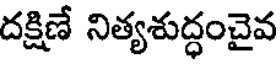
దక్షిణే నిత్యశుద్ధంచైవ